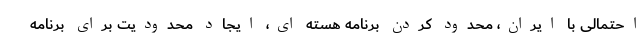
احتمالی با ایران، محدود کردن برنامه هسته ای، ایجاد محدودیت برای برنامه